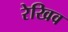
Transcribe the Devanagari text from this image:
रेखिव